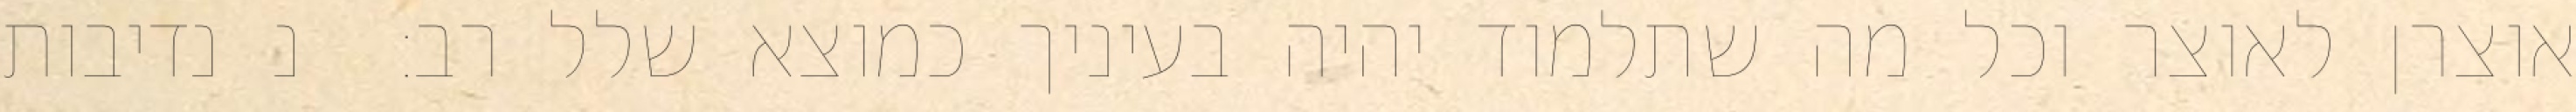
אוצרן לאוצר וכל מה שתלמוד יהיה בעיניך כמוצא שלל רב:  נ נדיבות